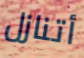
أتنازل